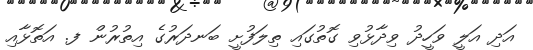
އަދި އަލީ ވަހީދު ވިދާޅުވި ގޮތުގައި ތިލަފުށީ ބަނދަރުގެ އިތުރުން ފ. އަތޮޅާއި